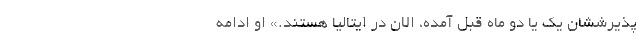
پذیرششان یک یا دو ماه قبل آمده، الان در ایتالیا هستند.» او ادامه